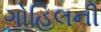
ગોહિલની